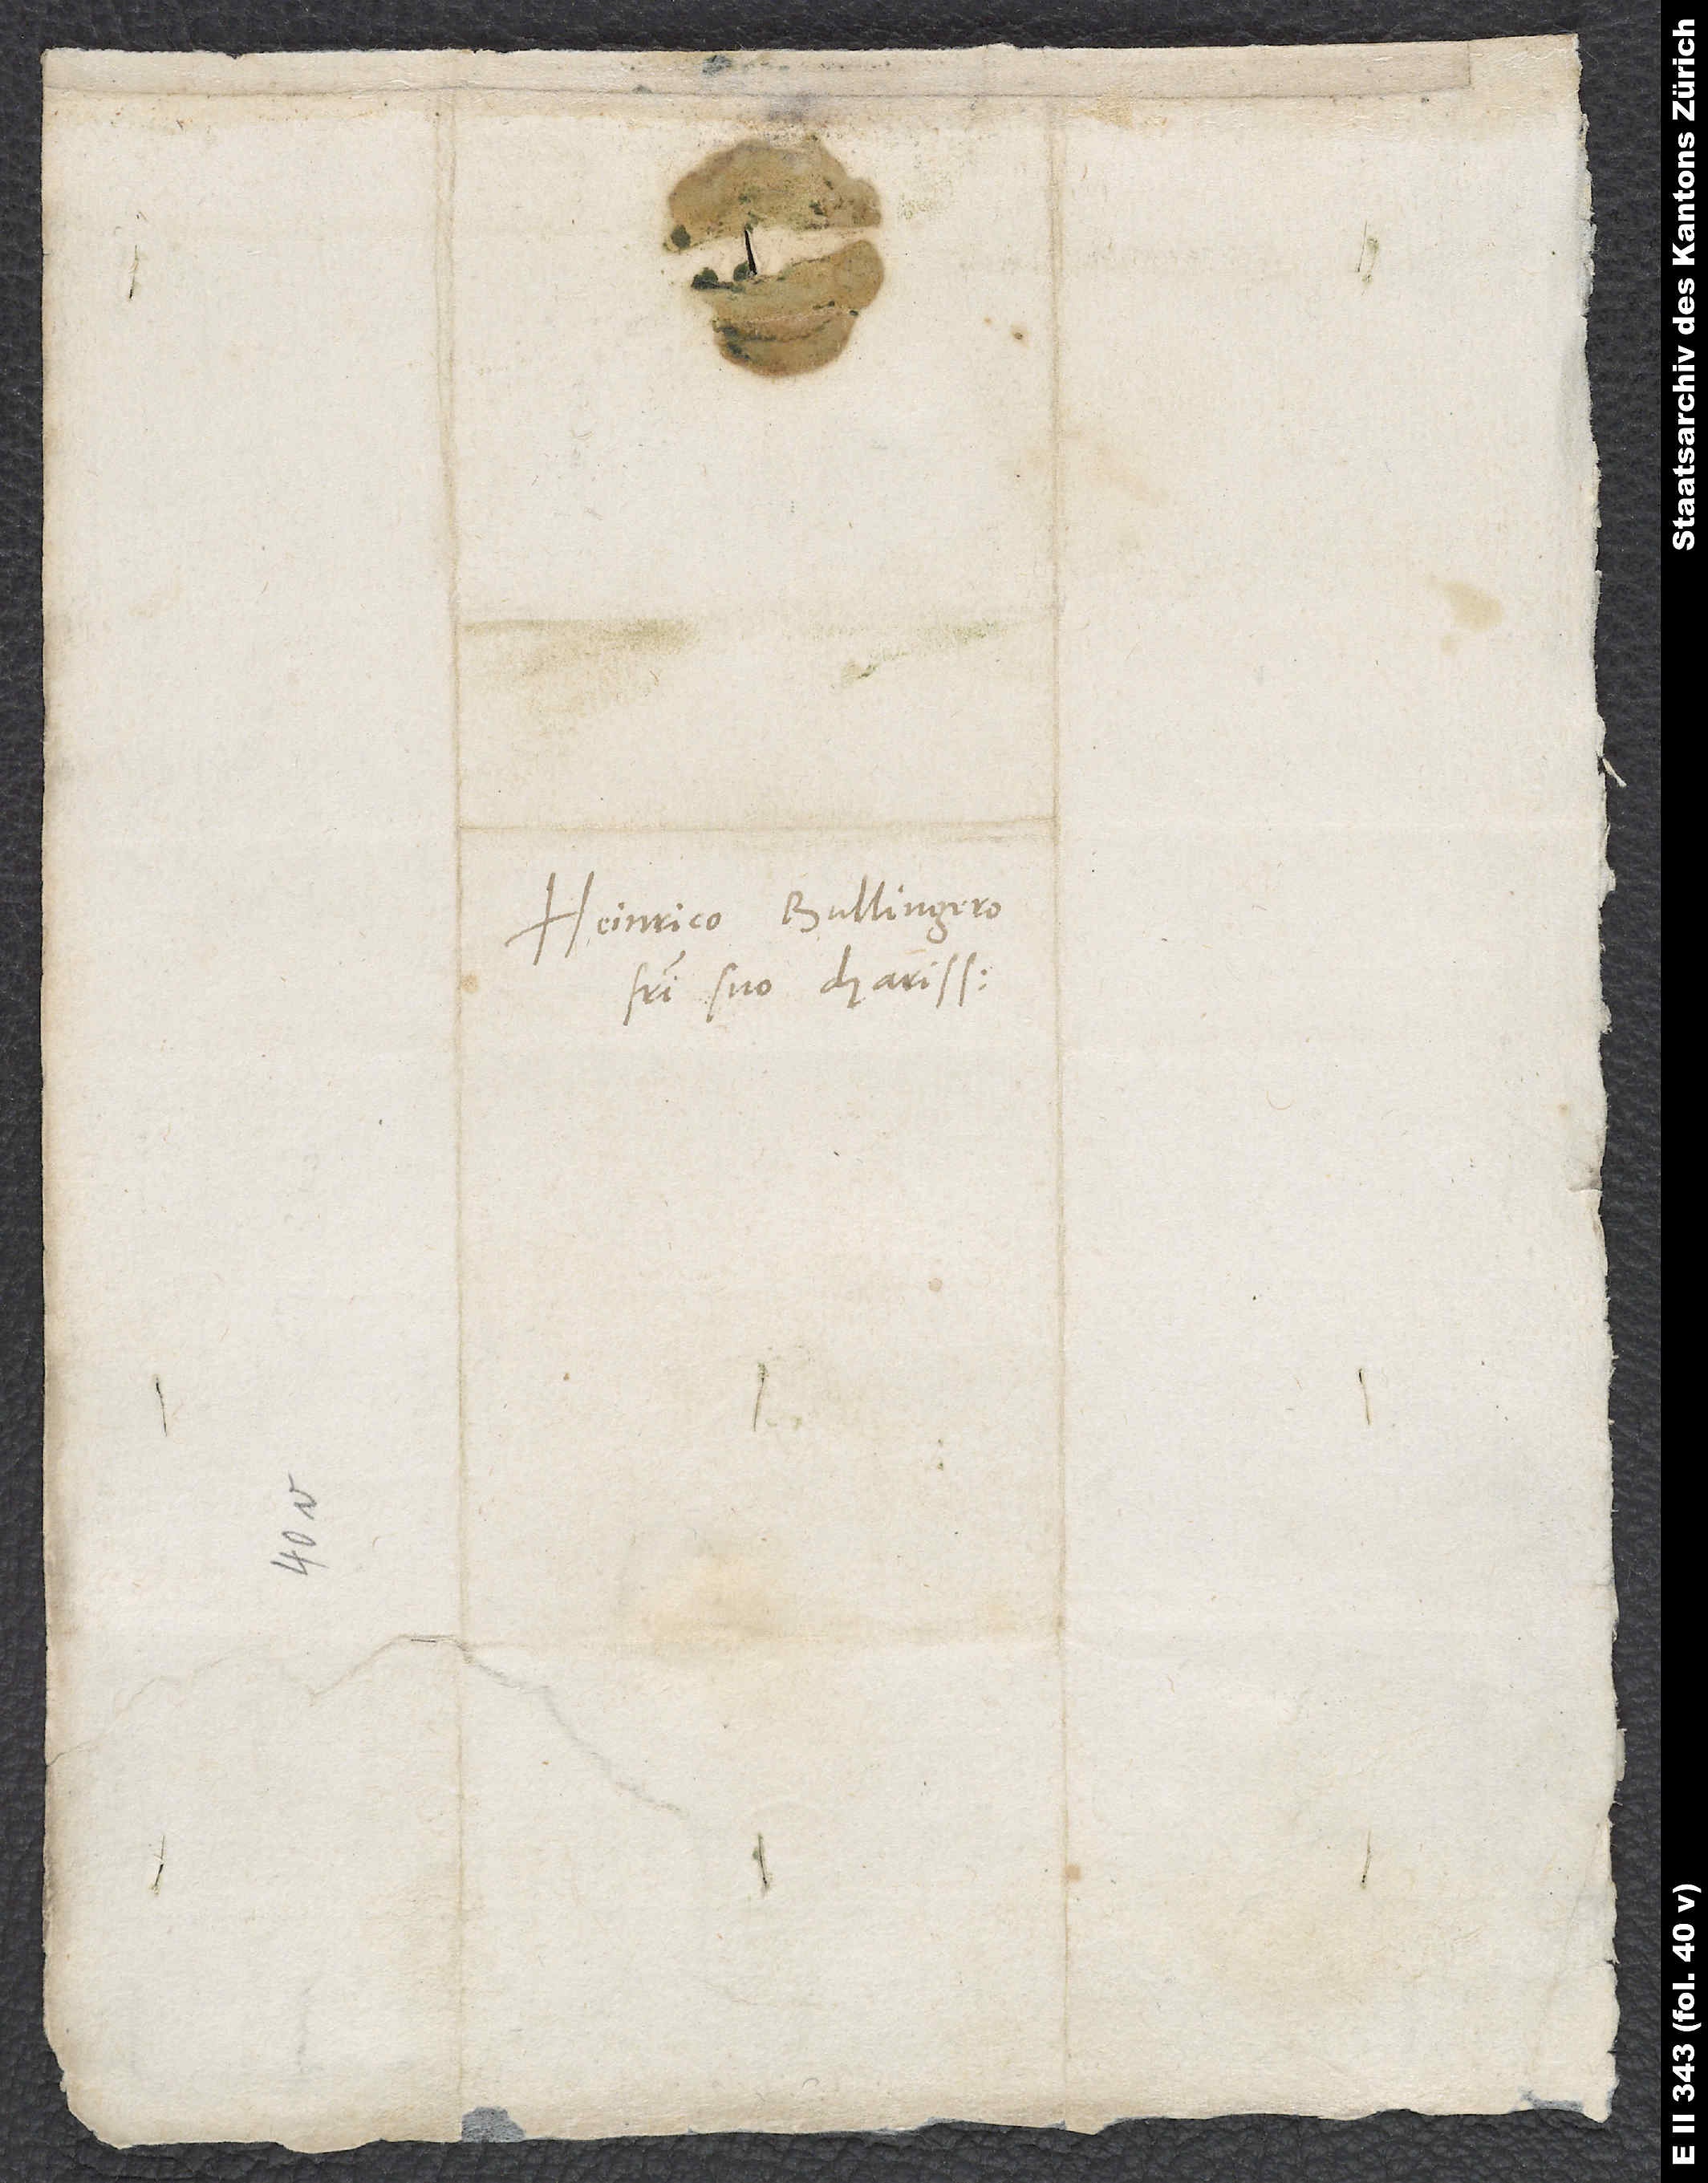
Heinrico Bullingero,
fratri suo charissimo.